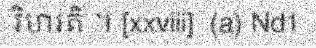
វិហរតិ ។ [xxviii]  (a) Nd1